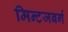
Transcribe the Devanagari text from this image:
मिन्टजबर्ग